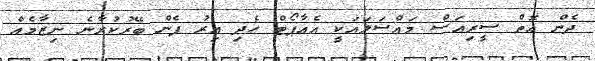
ދެން އޮތް ސީރިއަސް މައްސަލައަކީ އެއާޕޯޓް ހެދި އިރު ފެން ބޭރުކުރާނެ ނިޒާމެއް